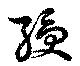
綬